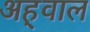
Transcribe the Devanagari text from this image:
अह्‌वाल